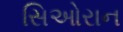
સિઓરાન